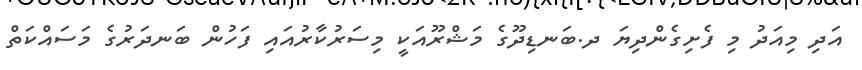
އަދި މިއަދު މި ފެށިގެންދިޔަ ދ.ބަނޑިދޫގެ މަޝްރޫއަކީ މިސަރުކާރުއައި ފަހުން ބަނދަރުގެ މަސައްކަތް